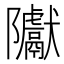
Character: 𮥲